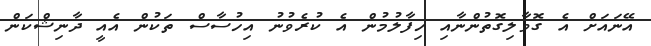
އޭނައަށް އެ ގޮވާލިގޮތުންނާއި ހިފާލުމުން އެ ކުރެވުނު އިހުސާސް ތަކުން އެއީ ދާނިޝްކަން